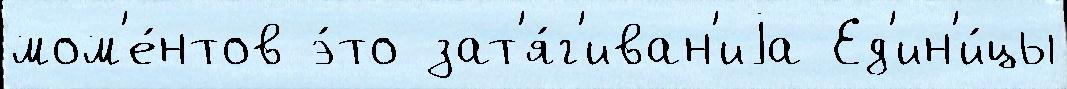
мом'е́нтов э́то зат'я́г'иван'иjа Ед'ин'и́цы